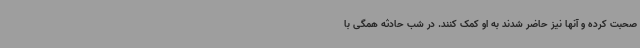
صحبت کرده و آنها نیز حاضر شدند به او کمک کنند. در شب حادثه همگی با